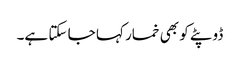
ڈوپٹے کو بھی خمار کہا جا سکتا ہے۔